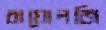
বায়োলজি